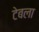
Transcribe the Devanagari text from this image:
टेबला